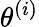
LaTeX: {\theta}^{\left(i\right)}